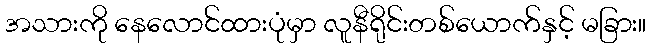
အသားကို နေလောင်ထားပုံမှာ လူနီရိုင်းတစ်ယောက်နှင့် မခြား။